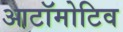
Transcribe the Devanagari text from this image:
आटॉमोटिव